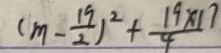
( m - \frac { 1 9 } { 2 } ) ^ { 2 } + \frac { 1 9 \times 1 7 } { 4 }